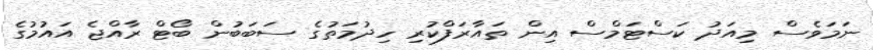
ނަމަވެސް މިއަދު ކަސްޓަމްސް އިން ތައާރަފްކުރި ހިދުމަތުގެ ސަބަބުން ބޯޓް ރާއްޖެ އައުމުގެ